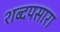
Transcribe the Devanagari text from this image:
शब्दपसारा